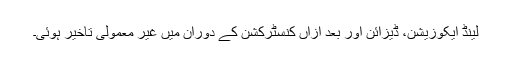
لینڈ ایکوزیشن، ڈیزائن اور بعد ازاں کنسٹرکشن کے دوران میں غیر معمولی تاخیر ہوئی۔